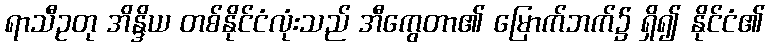
ရာသီဥတု အိန္ဒိယ တစ်နိုင်ငံလုံးသည် အီကွေတာ၏ မြောက်ဘက်၌ ရှိ၍ နိုင်ငံ၏